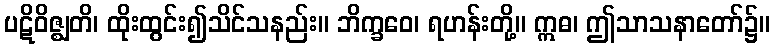
ပဋိဝိဇ္ဈတိ၊ ထိုးထွင်း၍သိင်သနည်း။ ဘိက္ခဝေ၊ ရဟန်းတို့။ ဣဓ၊ ဤသာသနာတော်၌။